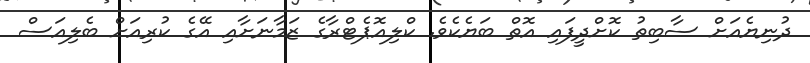
ދުނިޔެއަށް ސާބިތު ކޮށްދީފައި އޮތް ބަޔެކެވެ. ކްލިއޮޕެޓްރާގެ ޒަމާނަށާއި އޭގެ ކުރިއަށް ބެލިއަސް